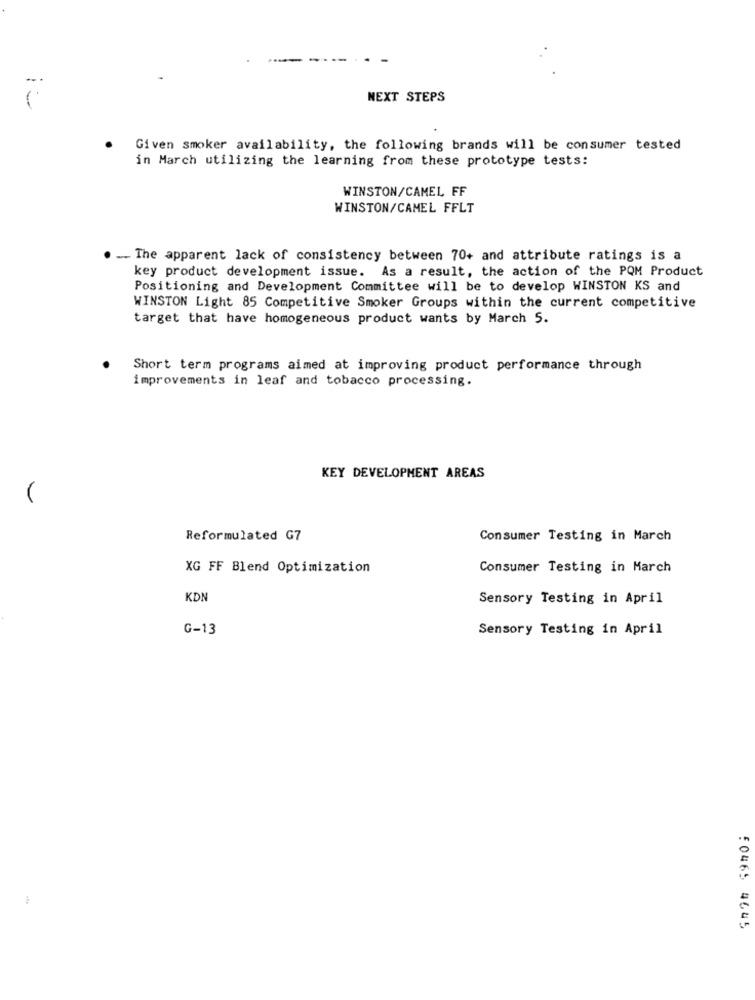
NEXT STEPS
Given smoker availability, the following brands will be consumer tested
in March utilizing the learning from these prototype tests:
WINSTON/CAMEL FF
WINSTON/CAMEL FFLT
- The apparent lack of consistency between 70+ and attribute ratings is a
key product development issue. As a result, the action of the PQM Product
Positioning and Development Committee will be to develop WINSTON KS and
WINSTON Light 85 Competitive Smoker Groups within the current competitive
target that have homogeneous product wants by March S.
Short term programs aimed at improving product performance through
improvements in leaf and tobacco processing.
KEY DEVELOPMENT AREAS
Reformulated G7
Consumer Testing in March
XG FF Blend Optimization
Consumer Testing in March
KDN
Sensory Testing in April
G-13
Sensory Testing in April
50465 4645